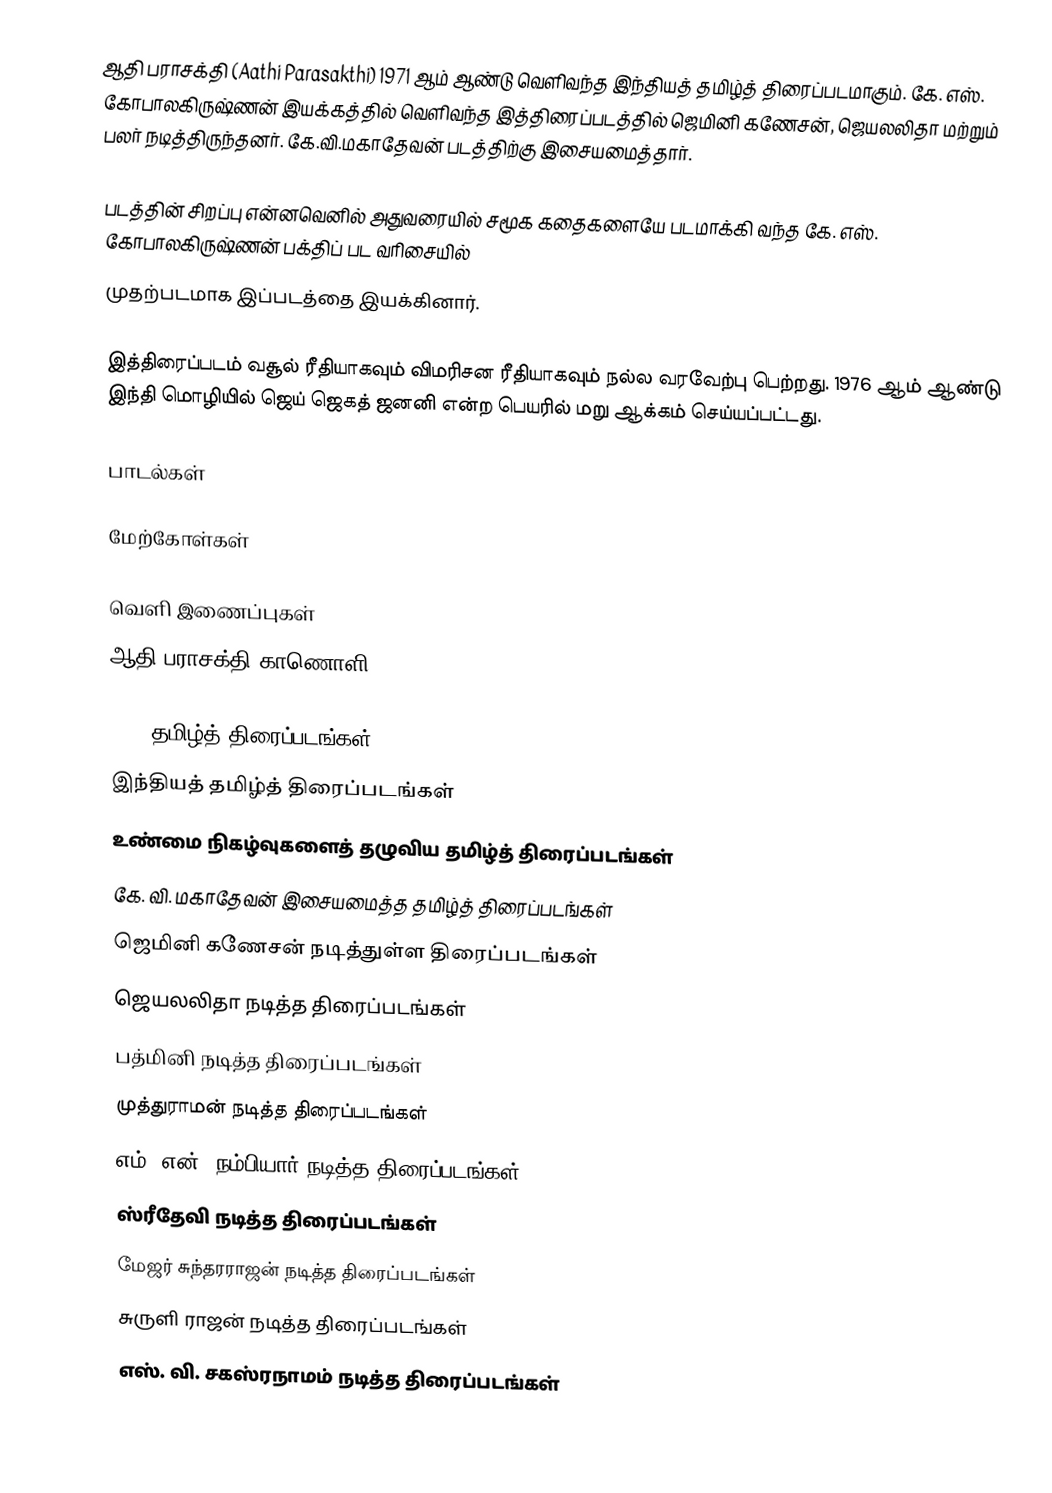
ஆதி பராசக்தி (Aathi Parasakthi) 1971 ஆம் ஆண்டு வெளிவந்த இந்தியத் தமிழ்த் திரைப்படமாகும். கே. எஸ். கோபாலகிருஷ்ணன் இயக்கத்தில் வெளிவந்த இத்திரைப்படத்தில் ஜெமினி கணேசன், ஜெயலலிதா மற்றும் பலர் நடித்திருந்தனர். கே.வி.மகாதேவன் படத்திற்கு இசையமைத்தார்.

படத்தின் சிறப்பு என்னவெனில் அதுவரையில் சமூக கதைகளையே படமாக்கி வந்த கே. எஸ். கோபாலகிருஷ்ணன் பக்திப் பட வரிசையில்
முதற்படமாக இப்படத்தை இயக்கினார்.

இத்திரைப்படம் வசூல் ரீதியாகவும் விமரிசன ரீதியாகவும் நல்ல வரவேற்பு பெற்றது. 1976 ஆம் ஆண்டு இந்தி மொழியில் ஜெய் ஜெகத் ஜனனி என்ற பெயரில் மறு ஆக்கம் செய்யப்பட்டது.

பாடல்கள்

மேற்கோள்கள்

வெளி இணைப்புகள்
 ஆதி பராசக்தி காணொளி

1971 தமிழ்த் திரைப்படங்கள்
இந்தியத் தமிழ்த் திரைப்படங்கள்
உண்மை நிகழ்வுகளைத் தழுவிய தமிழ்த் திரைப்படங்கள்
கே. வி. மகாதேவன் இசையமைத்த தமிழ்த் திரைப்படங்கள்
ஜெமினி கணேசன் நடித்துள்ள திரைப்படங்கள்
ஜெயலலிதா நடித்த திரைப்படங்கள்
பத்மினி நடித்த திரைப்படங்கள்
முத்துராமன் நடித்த திரைப்படங்கள்
எம். என். நம்பியார் நடித்த திரைப்படங்கள்
ஸ்ரீதேவி நடித்த திரைப்படங்கள்
மேஜர் சுந்தரராஜன் நடித்த திரைப்படங்கள்
சுருளி ராஜன் நடித்த திரைப்படங்கள்
எஸ். வி. சகஸ்ரநாமம் நடித்த திரைப்படங்கள்